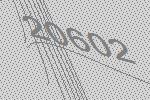
20602